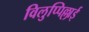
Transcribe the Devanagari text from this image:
विलुप्पिल्लाई